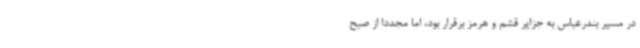
در مسیر بندرعباس به جزایر قشم و هرمز برقرار بود، اما مجددا از صبح